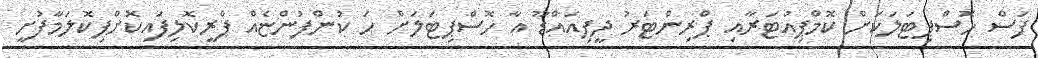
ފަސް ހޮސްޕިޓަލަކަށް ކޮމްޕިއުޓަރާއި ޕްރިންޓަރު ދީފިއައްޑޫ އާ ހޮސްޕިޓަލަށް ހަ ކުންފުންޏެއް ޕްރީކޮލިފައިކޮށްފިކޮލަމާފުށީ